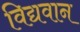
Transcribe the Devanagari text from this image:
विद्यवान